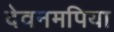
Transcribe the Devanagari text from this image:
देवनमपिया